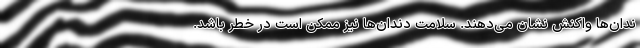
ندان‌ها واکنش نشان می‌دهند. سلامت دندان‌ها نیز ممکن است در خطر باشد.